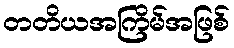
တတိယအကြိမ်အဖြစ်